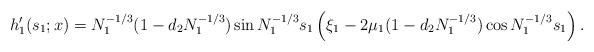
LaTeX: \begin{align*}h_1'(s_1;x)=N_1^{-1/3}(1-d_2N_1^{-1/3})\sin N_1^{-1/3}s_1 \left(\xi_1-2\mu_1(1-d_2N_1^{-1/3})\cos N_1^{-1/3}s_1\right).\end{align*}